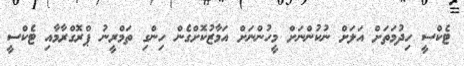
ޓެކްސީ ހިދުމަތަށް އަލަށް ނުކުންނަށް މީހުންނަށް އަމާޒުކޮށްގެން ހިންގި ތަމްރީނު ޕްރޮގްރާމާއި ޓެކްސީ